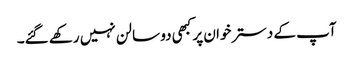
آپ کے دسترخوان پر کبھی دو سالن نہیں رکھے گئے۔